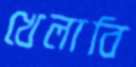
খেলাবি